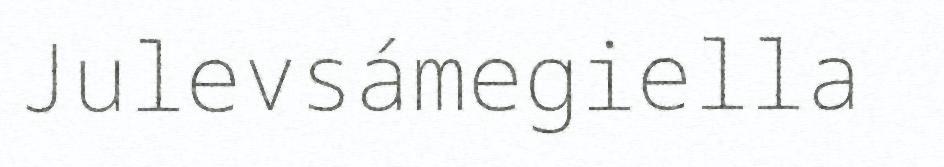
Julevsámegiella